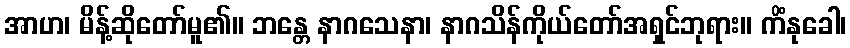
အာဟ၊ မိန့်ဆိုတော်မူ၏။ ဘန္တေ နာဂသေနာ၊ နာဂသိန်ကိုယ်တော်အရှင်ဘုရား။ ကိံနုခေါ၊